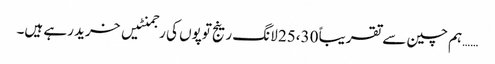
……ہم چین سے تقریباً 25،30 لانگ رینج توپوں کی رجمنٹیں خرید رہے ہیں۔